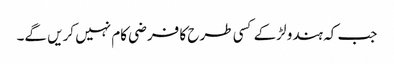
جب کہ ہندو لڑکے کسی طرح کا فرضی کام نہیں کریں گے۔